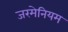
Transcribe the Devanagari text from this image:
जरमेनियम